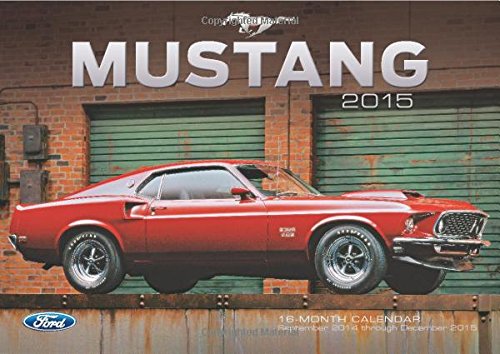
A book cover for Ford Mustang 2015: 16-Month Calendar September 2014 through December 2015; Donald Farr; Calendars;